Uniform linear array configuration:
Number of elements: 32
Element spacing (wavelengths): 0.5
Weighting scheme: binomial
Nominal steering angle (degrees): -60
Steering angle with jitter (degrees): -59.578
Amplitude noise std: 0.05
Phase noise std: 0.05

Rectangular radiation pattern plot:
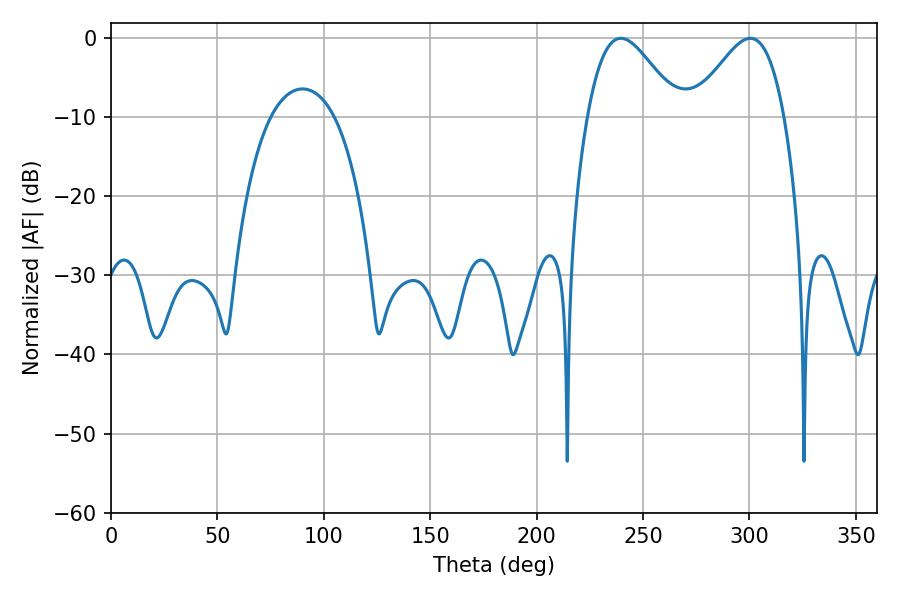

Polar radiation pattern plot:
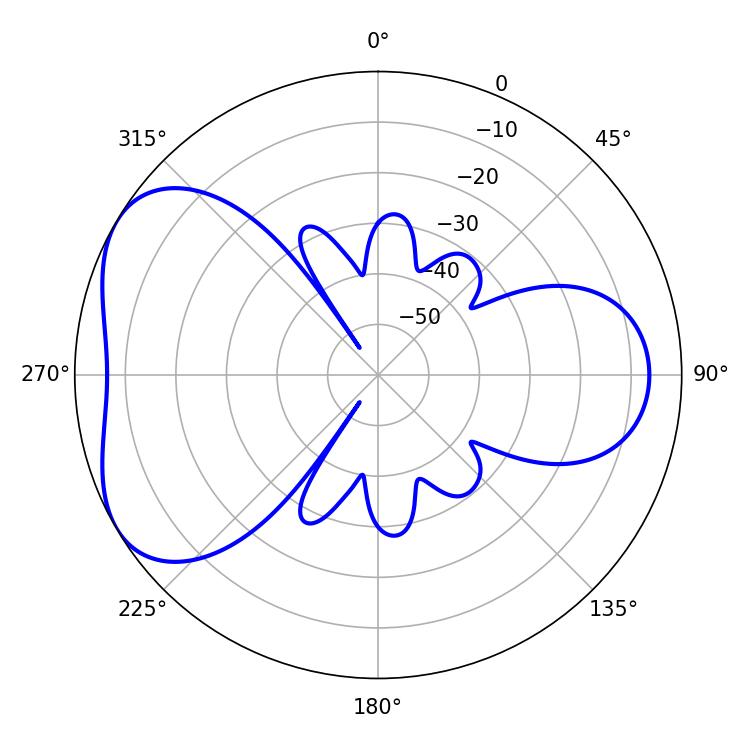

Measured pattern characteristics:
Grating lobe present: FALSE
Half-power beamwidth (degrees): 22.86
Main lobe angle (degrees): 239.58